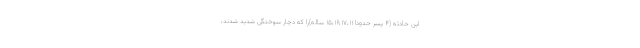
این حادثه (۴ پسر حدودا ۱۵،۱۶،۱۷،۱۱ ساله)را که دچار سوختگی شدید شدند،